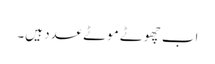
اب چھوٹے موٹے عدد ہیں۔